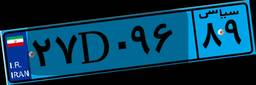
۴۰D۶۳۸۶۷